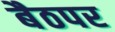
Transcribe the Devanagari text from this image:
बैठपर